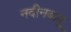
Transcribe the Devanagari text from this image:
नवीनबाबू